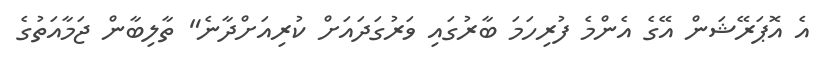
އެ އޮޕަރޭޝަން އޭގެ އެންމެ ފުރިހަމަ ބާރުގައި ވަރުގަދައަށް ކުރިއަށްދާނެ" ތާލިބާން ޖަމާއަތުގެ